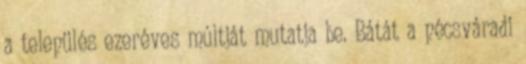
a település ezeréves múltját mutatja be. Bátát a pécsváradi